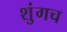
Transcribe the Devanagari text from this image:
शुंगच